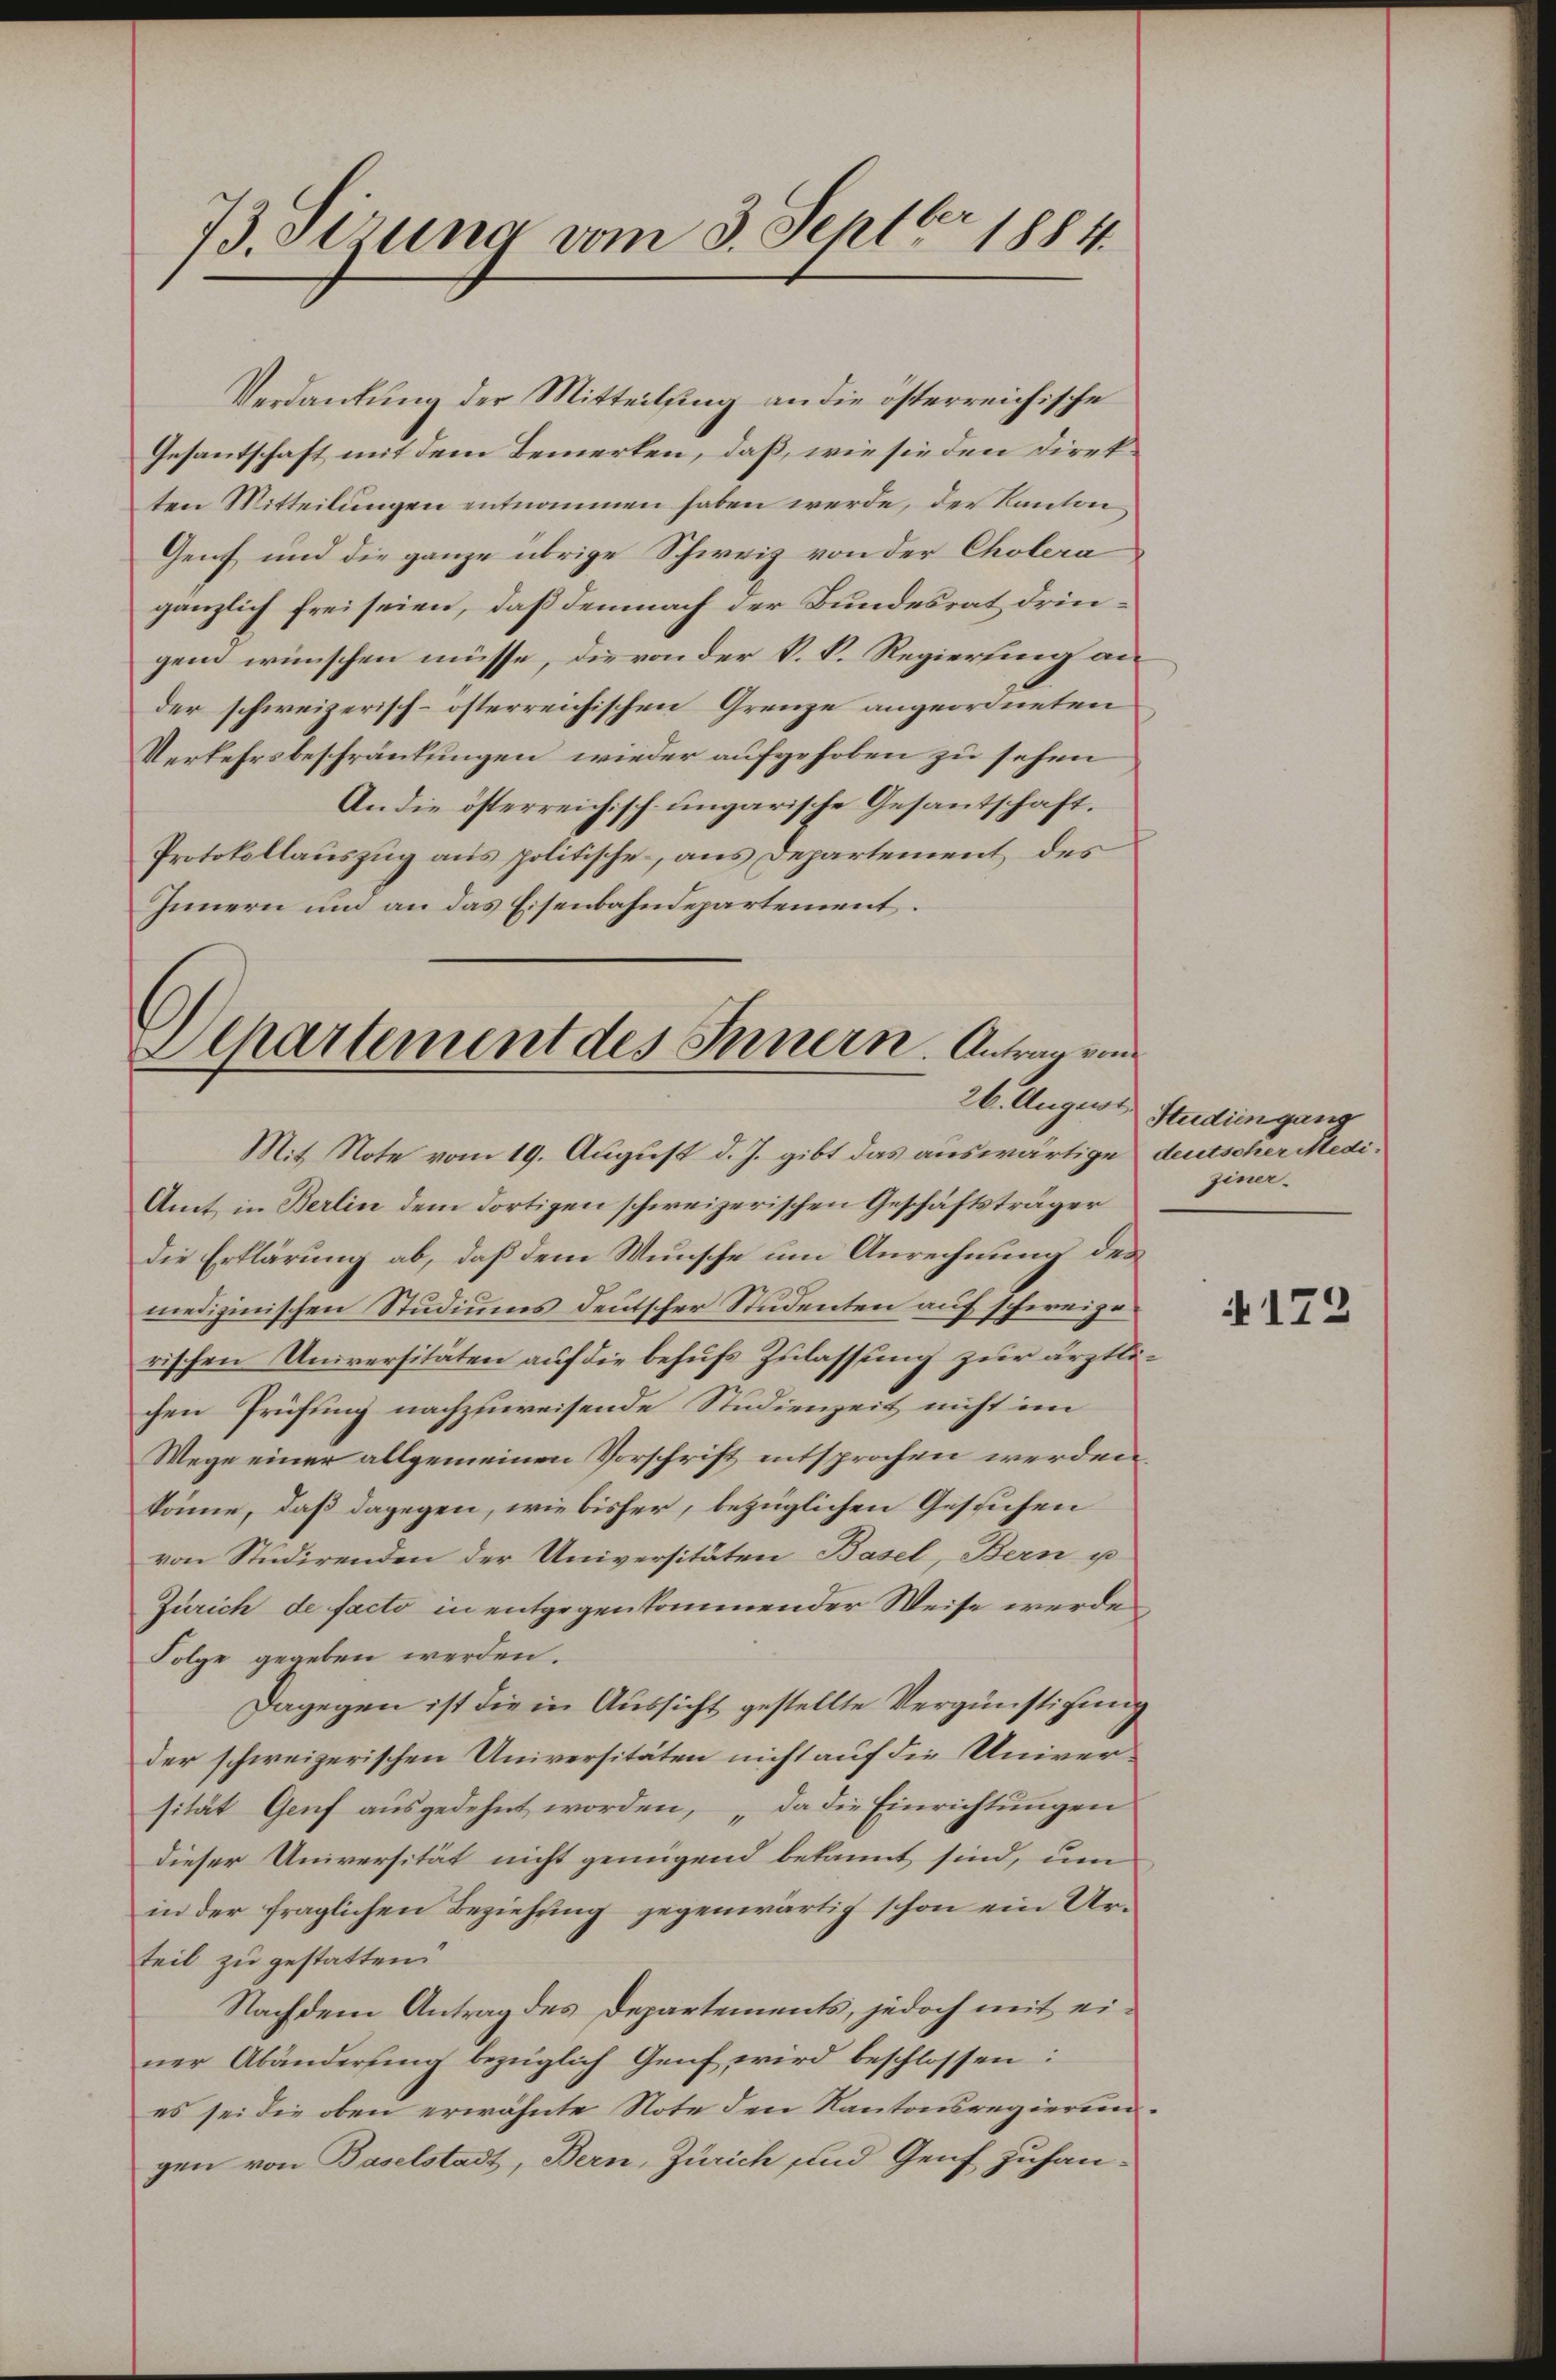
73. derung vom 3. Septbr 1884.

Verdankung der Mitteilung an die österreichische
Gesantschaft mit dem Bemerken, daß, wie sie den Direkten Mitteilungen entnommen haben werde, der Kanton
Genf und die ganze übrige Schweiz von der Cholera
gänzlich frei seien, daß demnach der Bundesrat dringem wünschen müsse, die von der k. P. Regierung an
der schweizerisch-österreichischen Grenze angeordneten
Verkehrsbeschränkungen wieder aufgehoben zu sehen
An die österreichisch ungarische Gesandtschaft.
Protokollauszug aus politische, aus Departement des
Innern und an das Eisenbahndepartement.

Departement des Innern. Antrag von
26. August

Mit Note vom 19. August d. J. gibt das auswärtige deutscher Medi¬
Amt in Berlin dem dortigen schweizerischen Geschäftsträger
die Erklärung ab, daß dem Wunsche um Anrechnung des
medizinischen Studiums deutscher Studenten auf schweizerischen Universitäten auf die behufs Zulassung zur ärztlichen Prüfung nachzuweisende Studienzeit nicht im
Wege einer allgemeinen Vorschrift entsprochen werden.
könne, daß dagegen, wie bisher, bezüglichen Gesuchen
von Studirenden der Universitäten Basel, Bern u
Zürich de facto in entgegenkommender Weise werde,
Folge gegeben werden.
Dagegen ist die in Aussicht gestellte Vergünstigung
der schweizerischen Universitäten nicht auf die Universität Genf ausgedehnt worden, „da die Einrichtungen
dieser Universität nicht genügend bekannt sind, um
in der fraglichen Beziehung gegenwärtig schon ein Urteil zu gestatten.
Nachdem Antrag des Departements, jedoch mit einer Abänderŭng bezüglich Genf wird beschlossen:
es sei die oben erwähnte Note den Kantonsregierungen von Baselstadt, Bern, Zürich und Genf zuhan¬

Studien ganz
ziner.

4172